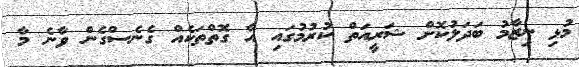
މުޅި ނިޒާމު ބަދަލުކޮށް ޝަރީއަތް ކުރުމުގައި އާ ގޮތްތަކެއް ގެނެސްގެން ވާނެ މާ